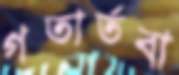
গতার্তবা